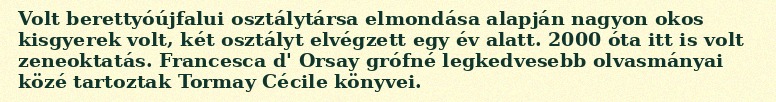
Volt berettyóújfalui osztálytársa elmondása alapján nagyon okos kisgyerek volt, két osztályt elvégzett egy év alatt. 2000 óta itt is volt zeneoktatás. Francesca d' Orsay grófné legkedvesebb olvasmányai közé tartoztak Tormay Cécile könyvei.